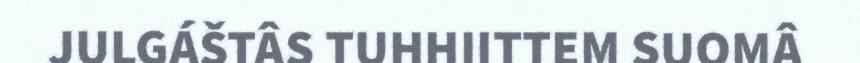
JULGÁŠTÂS TUHHIITTEM SUOMÂ